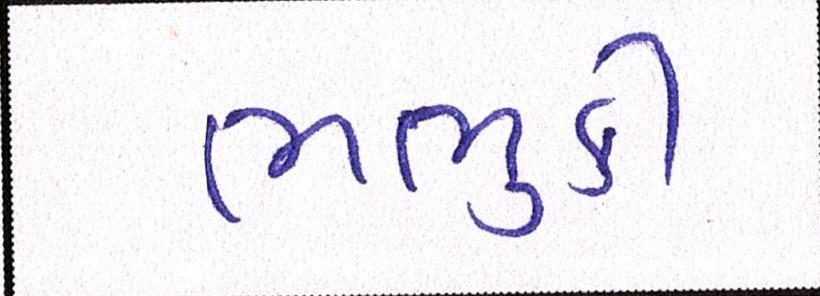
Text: ભભુકી